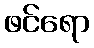
ဖင်ရော